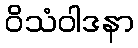
ဝိသံဝါဒနာ